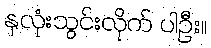
နှလုံးသွင်းလိုက် ပါဦး။